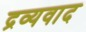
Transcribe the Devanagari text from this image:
द्रव्यवाद